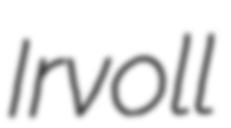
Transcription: Irvoll